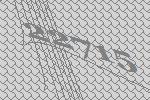
22715